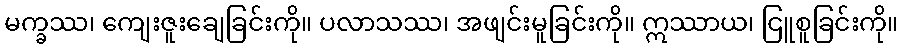
မက္ခဿ၊ ကျေးဇူးချေခြင်းကို။ ပလာသဿ၊ အဖျင်းမူခြင်းကို။ ဣဿာယ၊ ငြူစူခြင်းကို။